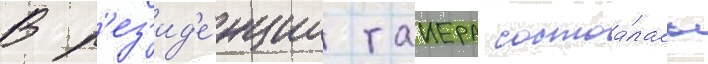
В р'ез'ид'е́нции таиера состоа́лась